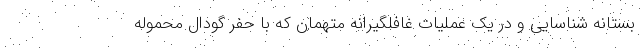
بستانه شناسایی و در یک عملیات غافلگیرانه متهمان که با حفر گودال محموله